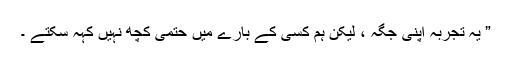
” یہ تجربہ اپنی جگہ ، لیکن ہم کسی کے بارے میں حتمی کچھ نہیں کہہ سکتے ۔